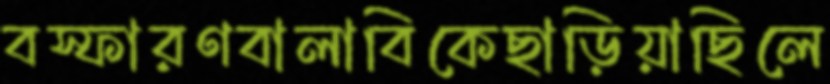
বস্ফারণবালাবিকেছাড়িয়াছিলে